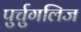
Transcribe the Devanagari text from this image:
पुर्चुगलिज